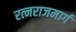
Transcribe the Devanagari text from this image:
रत्नराजमार्ग